65_HS1-834228961_62-HQ-83894_Section_4
Agency: FBI
Page 186
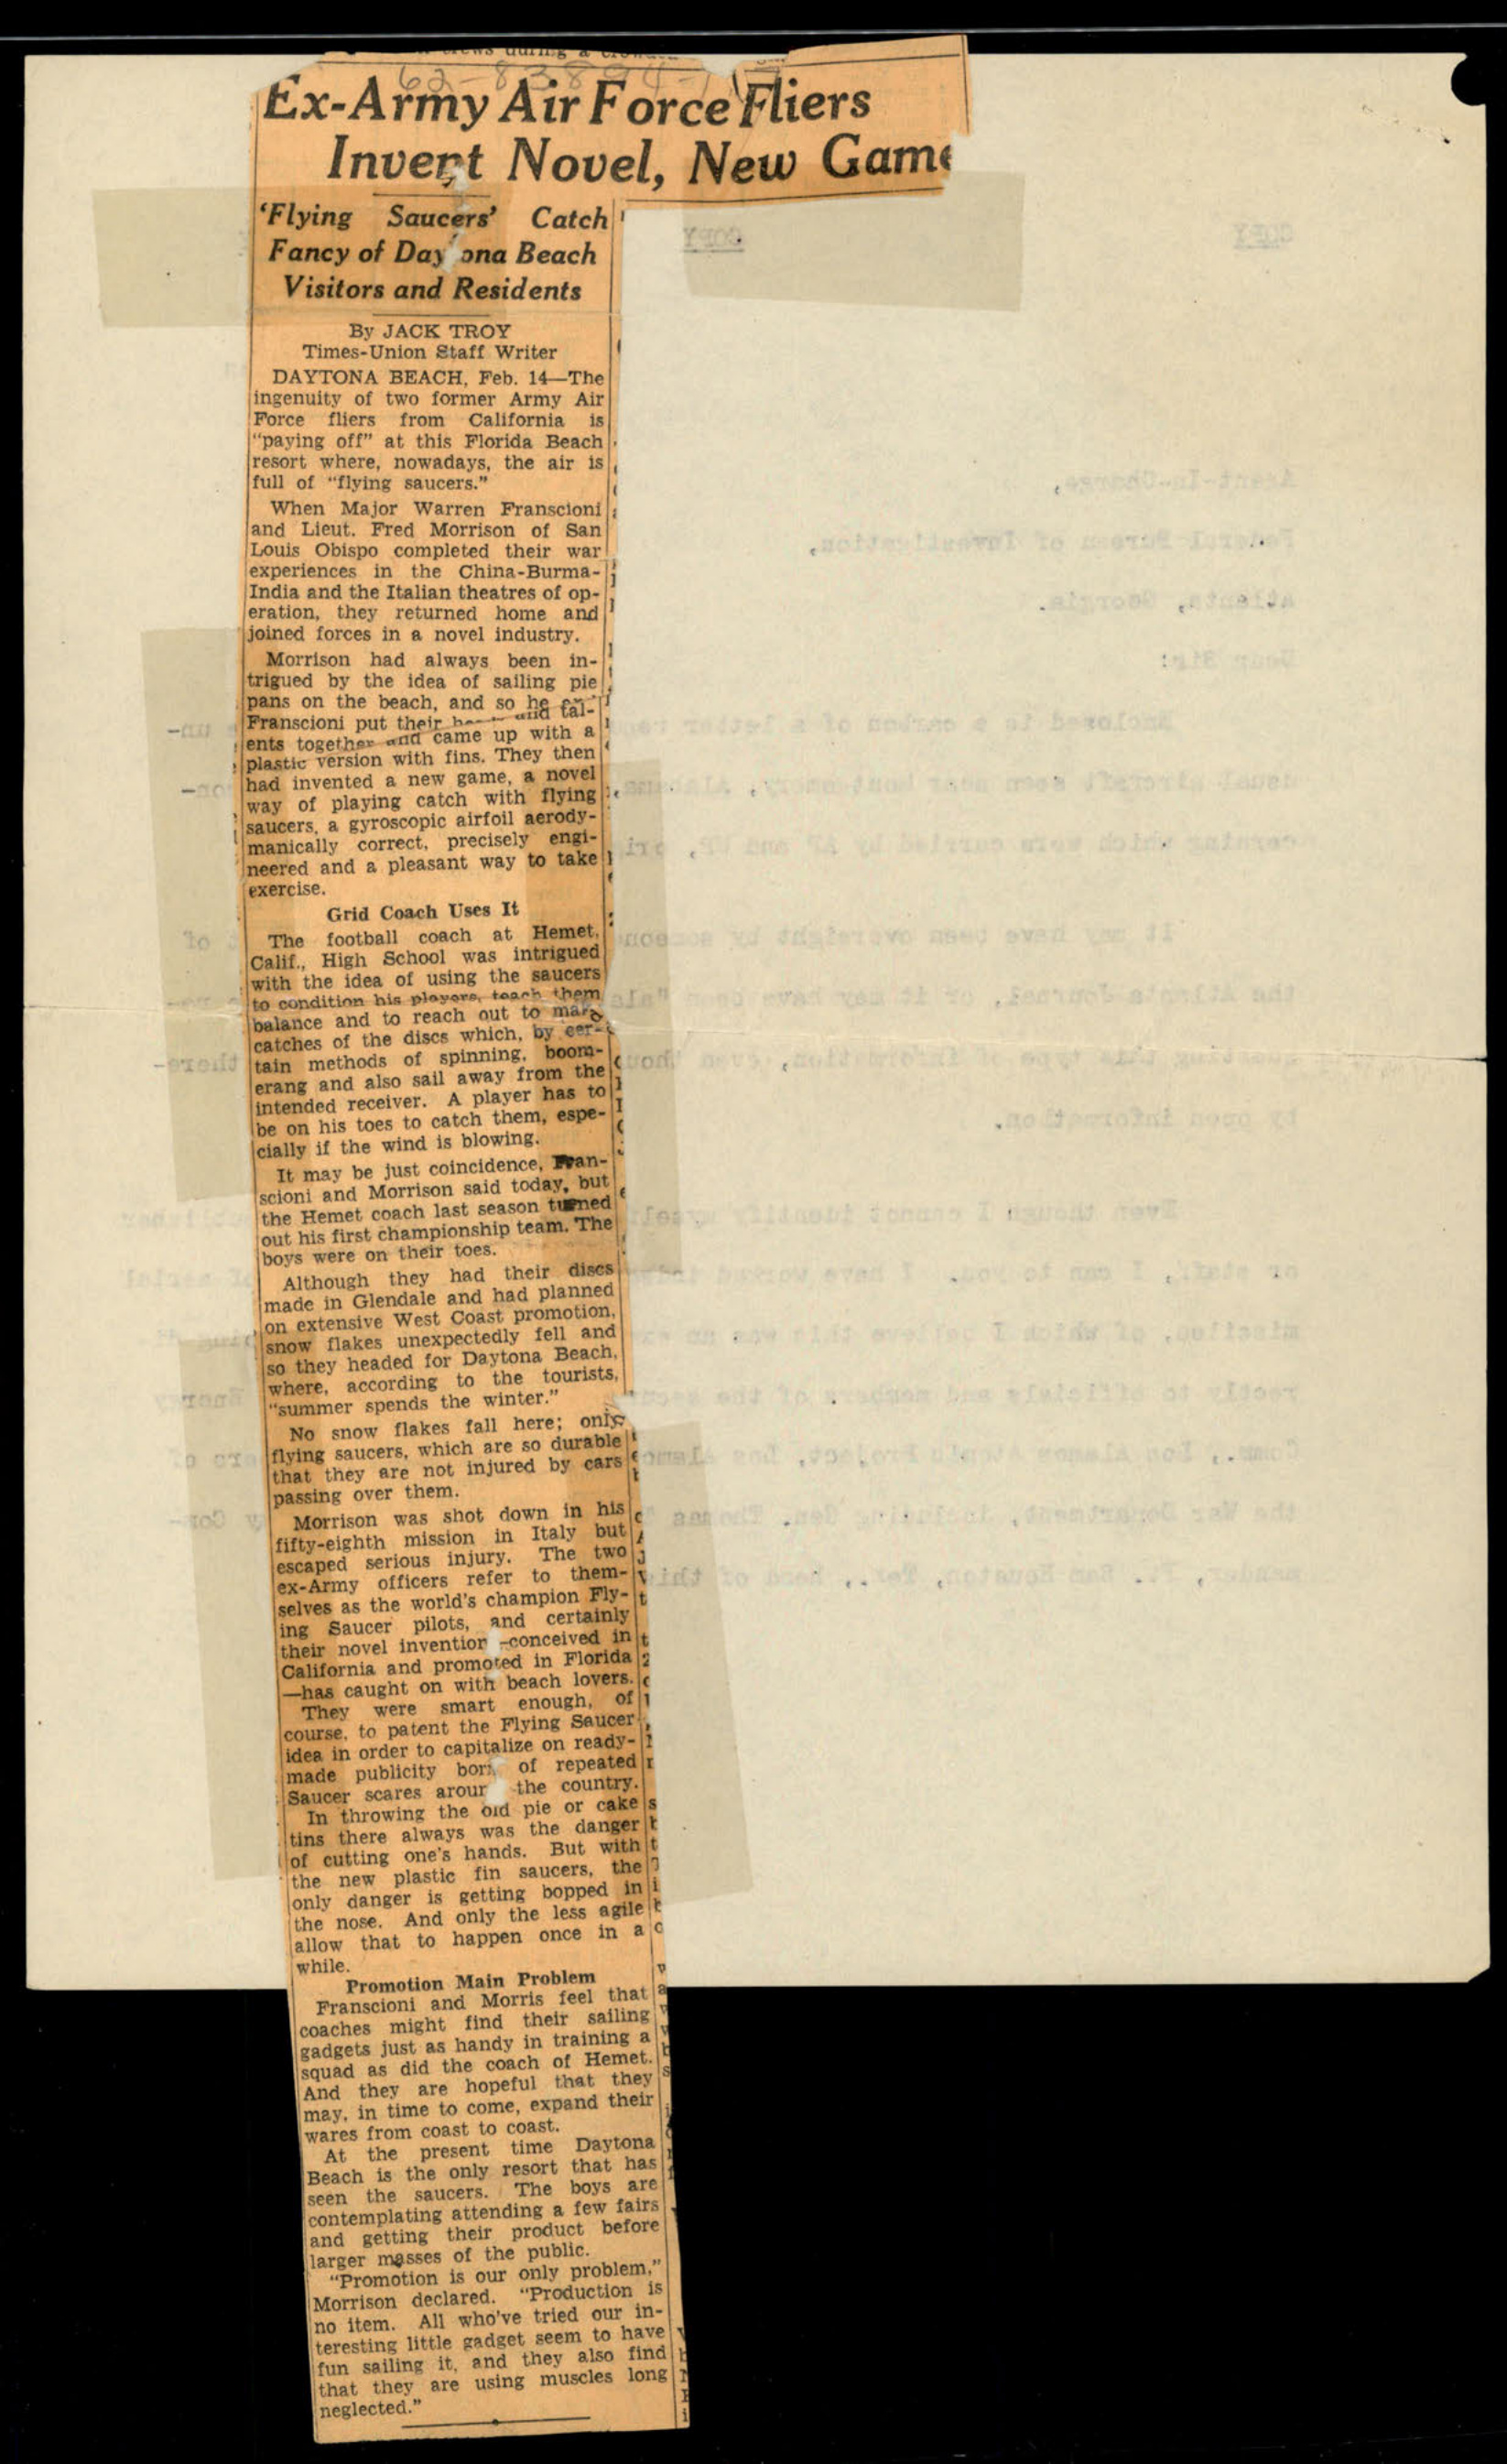